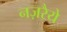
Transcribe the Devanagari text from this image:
नज़रैये